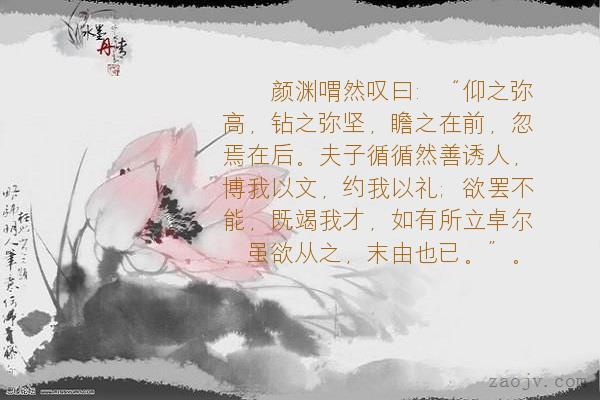
夫子循循然善诱人